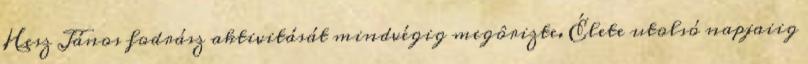
Hesz János fodrász aktivitását mindvégig megôrizte. Élete utolsó napjaiig